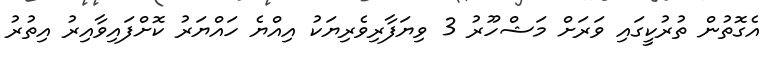
އެގޮތުން ތުރުކީގައި ވަރަށް މަޝްހޫރު 3 ވިޔަފާރިވެރިޔަކު އިއްޔެ ހައްޔަރު ކޮށްފައިވާއިރު އިތުރު